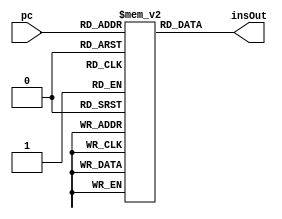
`timescale 1ns/1ns
module IM( input [9:0] pc,output [15:0] insOut);
  reg [15:0] im [0:1023];

    integer i;
  initial begin


    for (i=0; i<=1023;i=i+1) 
      im[i] = 16'b0;

    
    im[0] = 16'b1000000010000000;//win0
    im[1] = 16'b1000010100000100;//sub R1 R1
    im[2] = 16'b0000100000001010;//load to R2
    im[3] = 16'b1000011000000010;//add R1 to R2
    im[4] = 16'b0000100000001011;//load to R2
    im[5] = 16'b1000011000000010;//add R1 to R2
    im[6] = 16'b0000100000001100;//load to R2
    im[7] = 16'b1000011000000010;//add R1 to R2
    im[8] = 16'b0000100000001101;//load to R2
    im[9] = 16'b1000011000000010;//add R1 to R2
    im[10] = 16'b0000100000001110;//load to R2
    im[11] = 16'b1000011000000010;//add R1 to R2
    im[12] = 16'b0000100000001111;//load to R2
    im[13] = 16'b1000011000000010;//add R1 to R2
    im[14] = 16'b0000100000010000;//load to R2
    im[15] = 16'b1000011000000010;//add R1 to R2
    im[16] = 16'b0000100000010001;//load to R2
    im[17] = 16'b1000011000000010;//add R1 to R2
    im[18] = 16'b0000100000010010;//load to R2
    im[19] = 16'b1000011000000010;//add R1 to R2
    im[20] = 16'b0000100000010011;//load to R2
    im[21] = 16'b1000011000000010;//add R1 to R2
    im[22] = 16'b0001100000010100;//mem[20] = r2
  end
   assign insOut = im[pc];
endmodule